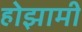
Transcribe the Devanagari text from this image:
होझामी